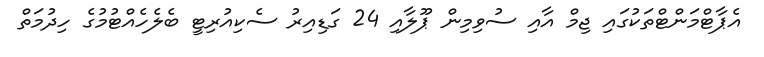
އެޕާޓްމަންޓްތަކުގައި ޖިމް އާއި ސުވިމިން ޕޫލާއި 24 ގަޑިއިރު ސެކިއުރިޓީ ބެލެހެއްޓުމުގެ ހިދުމަތް